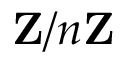
\mathbf { Z } / n \mathbf { Z }